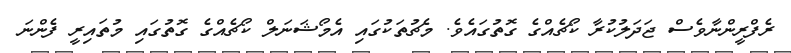
ރެފްރީންނާވެސް ޖަދަލުކުރާ ކޯޗެއްގެ ގޮތުގައެވެ. މެޗުތަކުގައި އެމޯޝަނަލް ކޯޗެއްގެ ގޮތުގައި މުތައިރީ ފެންނަ